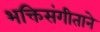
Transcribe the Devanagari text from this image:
भक्तिसंगीताने